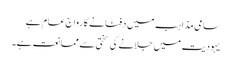
سامی مذاہب میں دفنانے کا رواج عام ہے
یہودیت میں جلانے کی سختی سے ممانعت ہے۔